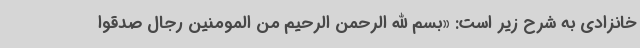
خانزادی به شرح زیر است: «بسم الله الرحمن الرحیم من المومنین رجال صدقوا